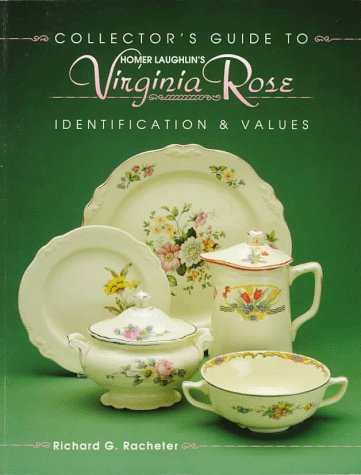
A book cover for Homer Laughlin's Virginia Rose: Identification and Values (Collector's Guide to); Richard G. Racheter; Crafts, Hobbies & Home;